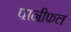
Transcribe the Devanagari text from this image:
पानीफल